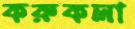
করুকলা